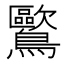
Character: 𲍨